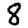
Digit: 8